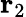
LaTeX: \mathbf{r}_{2}